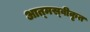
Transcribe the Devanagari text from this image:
आत्‍मस्‍वीकृत